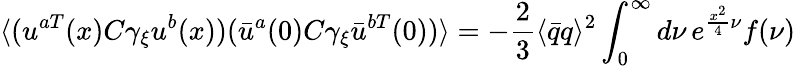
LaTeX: \langle(u^{aT}(x)C\gamma_{\xi}u^{b}(x))({\bar{u}}^{a}(0)C\gamma_{\xi}{\bar{u}}^{bT}(0))\rangle=-\frac{2}{3}\langle{\bar{q}}q\rangle^{2}\int_{0}^{\infty}d\nu\, e^{\frac{x^{2}}{4}\nu}f(\nu)